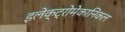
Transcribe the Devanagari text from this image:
इलेक्ट्रोमेकानिकल